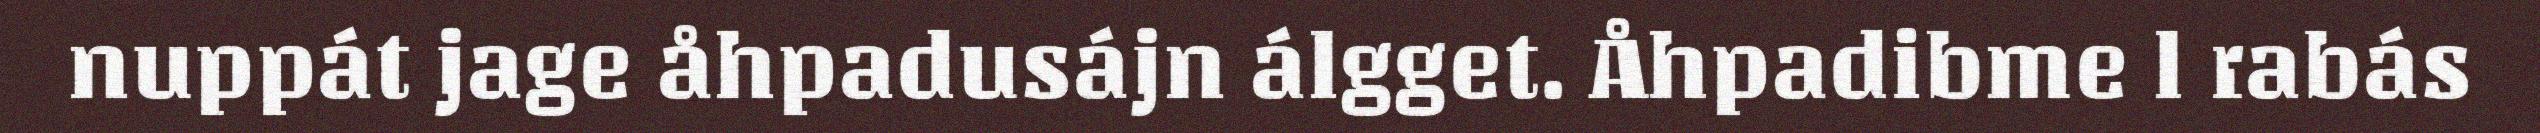
nuppát jage åhpadusájn álgget. Åhpadibme l rabás